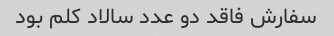
سفارش فاقد دو عدد سالاد کلم بود